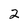
Character: 2